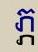
ភ្ភ